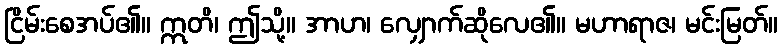
ငြိမ်းစေအပ်၏။ ဣတိ၊ ဤသို့။ အာဟ၊ လျှောက်ဆိုလေ၏။ မဟာရာဇ၊ မင်းမြတ်။